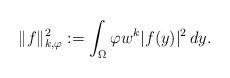
LaTeX: \begin{align*}\|f\|_{k,\varphi}^2 : = \int_{\Omega}\varphi w^{k} |f(y)|^2\,dy.\end{align*}